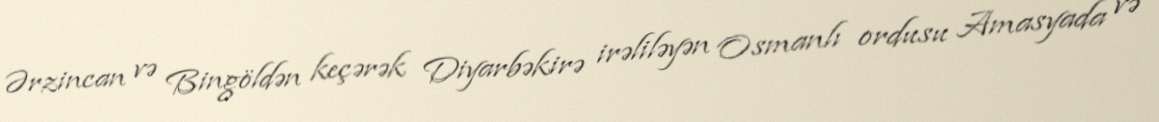
Ərzincan və Bingöldən keçərək Diyarbəkirə irəliləyən Osmanlı ordusu Amasyada və